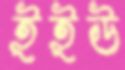
ইইউ